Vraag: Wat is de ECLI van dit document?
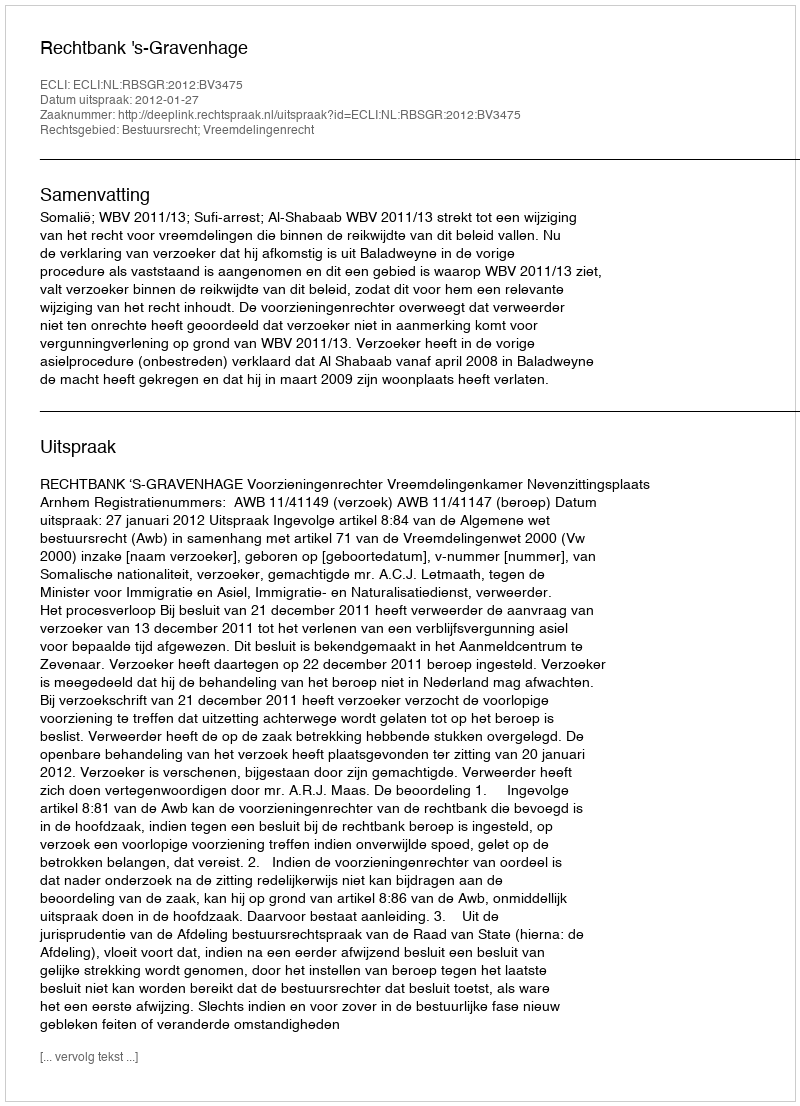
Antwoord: ECLI:NL:RBSGR:2012:BV3475